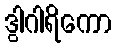
ဒွါဂါရိကော